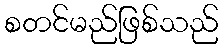
စတင်မည်ဖြစ်သည်